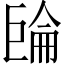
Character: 𢀧